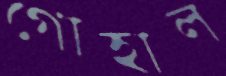
গোহাল